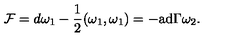
{ \cal F } = d \omega _ { 1 } - { \frac { 1 } { 2 } } ( \omega _ { 1 } , \omega _ { 1 } ) = - \mathrm { a d } \Gamma \omega _ { 2 } .